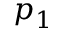
p _ { 1 }